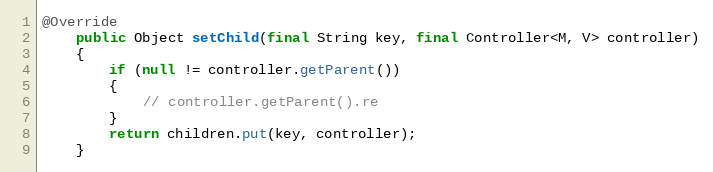
Language: Java
@Override
	public Object setChild(final String key, final Controller<M, V> controller)
	{
		if (null != controller.getParent())
		{
			// controller.getParent().re
		}
		return children.put(key, controller);
	}